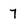
Character: 7